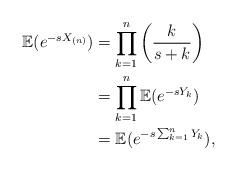
LaTeX: \begin{align*} \mathbb{E}(e^{-sX_{(n)}})&=\prod_{k=1}^{n}\left(\frac{k}{s+k}\right) \\ &=\prod_{k=1}^{n}\mathbb{E}(e^{-sY_{k}}) \\ &=\mathbb{E}(e^{-s\sum_{k=1}^{n}Y_{k}}),\end{align*}